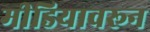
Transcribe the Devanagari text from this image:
मीडियावरून